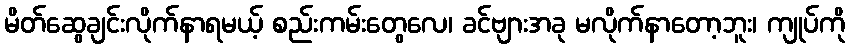
မိတ်ဆွေချင်းလိုက်နာရမယ့် စည်းကမ်းတွေလေ၊ ခင်ဗျားအခု မလိုက်နာတော့ဘူး၊ ကျုပ်ကို